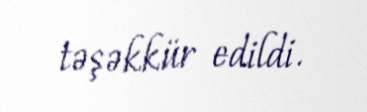
təşəkkür edildi.